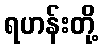
ရဟန်းတို့